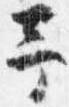
予